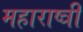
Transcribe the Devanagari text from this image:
महाराष्त्री